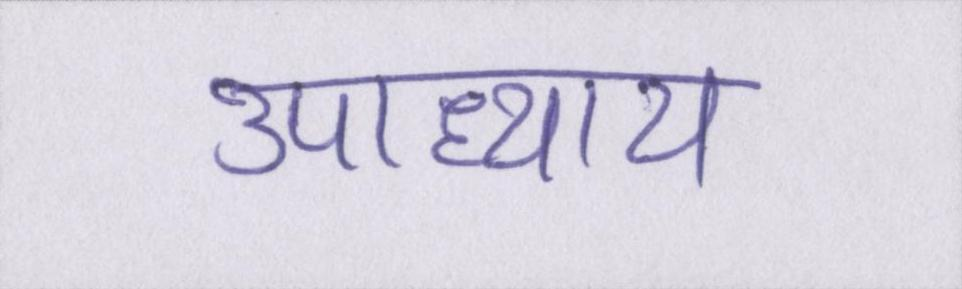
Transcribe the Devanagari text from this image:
उपाध्याय